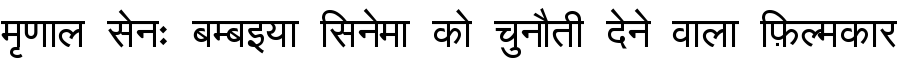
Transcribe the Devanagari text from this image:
मृणाल सेनः बम्बइया सिनेमा को चुनौती देने वाला फ़िल्मकार